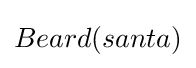
Beard(santa)